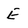
Character: E